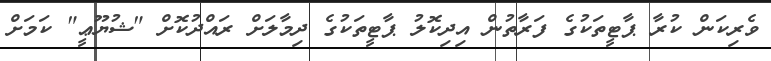
ވެރިކަން ކުރާ ޕާޓީތަކުގެ ފަރާތުން އިދިކޮލު ޕާޓީތަކުގެ ދިމާލަށް ރައްދުކޮށް "ޝުޔޫޢީ" ކަމަށް